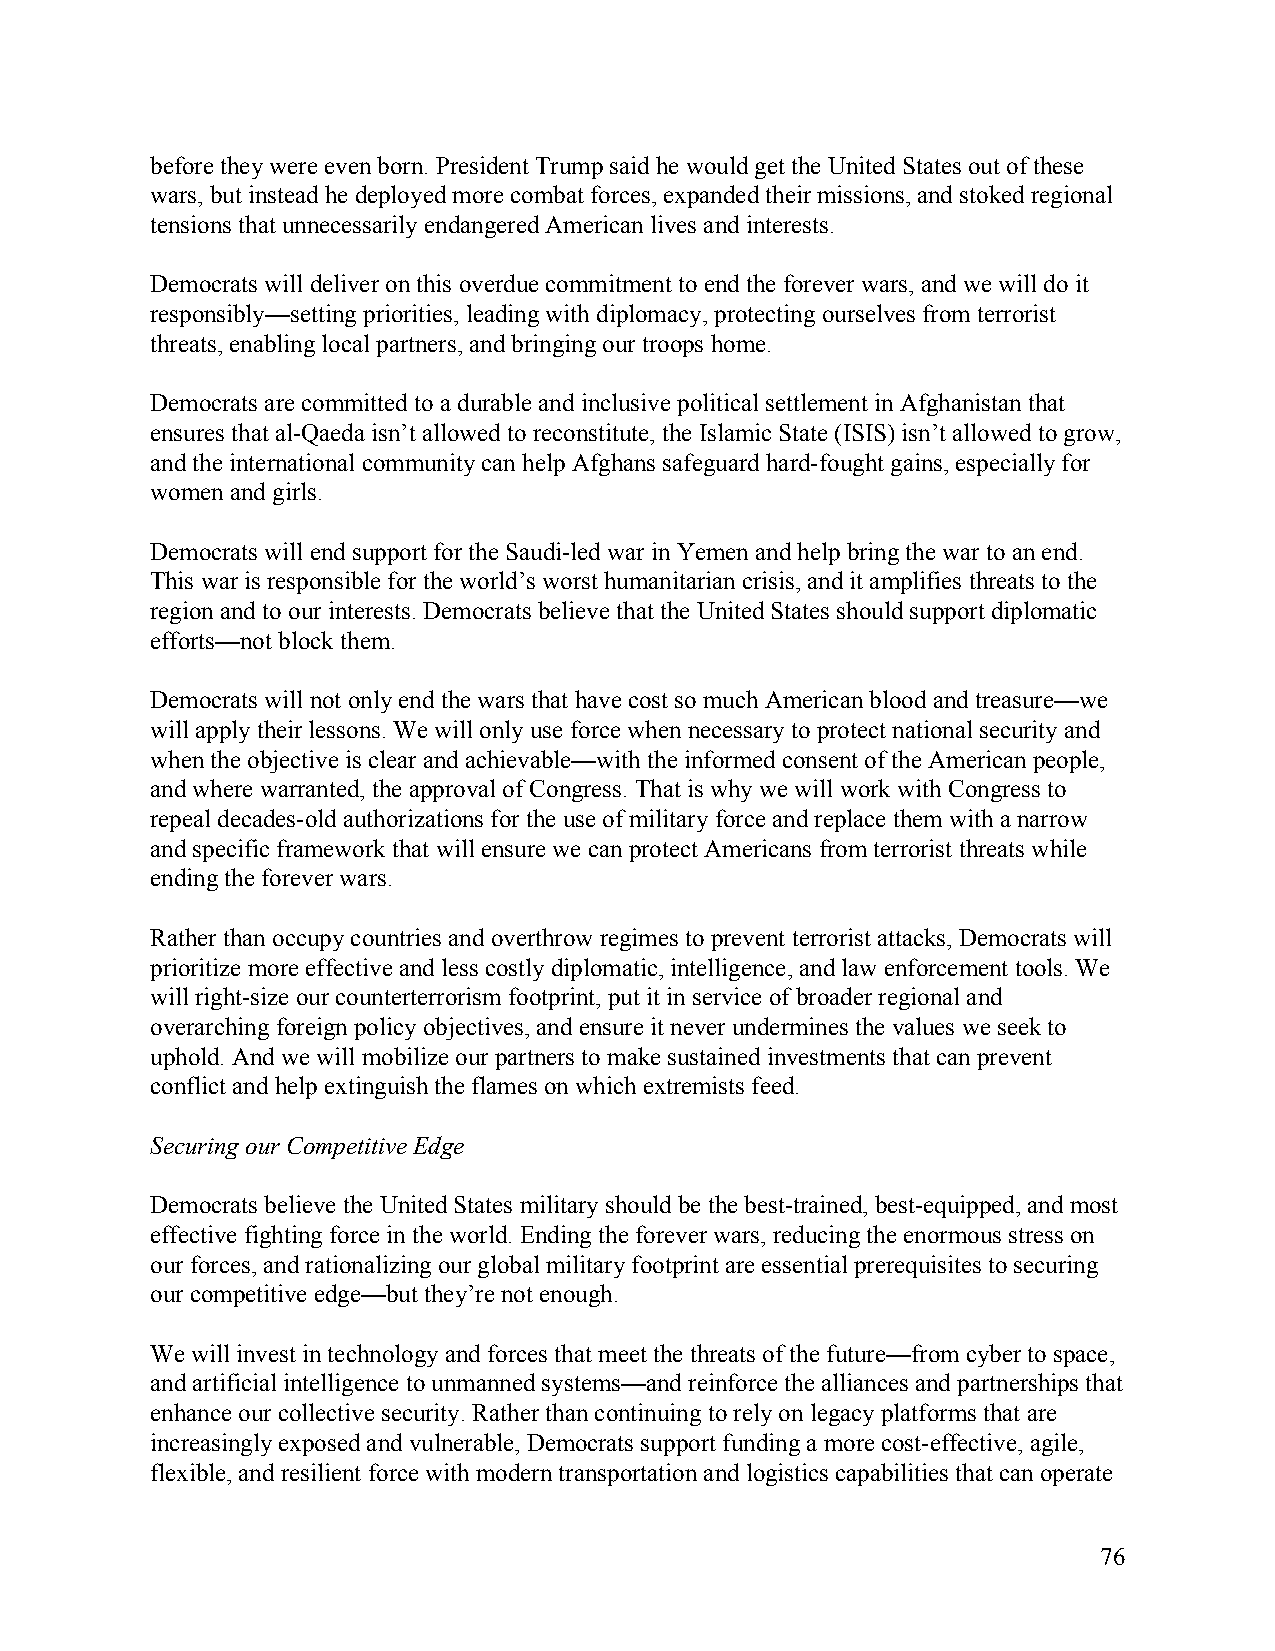
before they were even born. President Trump said he would get the United States out of these
 wars, but instead he deployed more combat forces, expanded their missions, and stoked regional
 tensions that unnecessarily endangered American lives and interests.
 Democrats will deliver on this overdue commitment to end the forever wars, and we will do it
 responsibly—setting priorities, leading with diplomacy, protecting ourselves from terrorist
 threats, enabling local partners, and bringing our troops home.
 Democrats are committed to a durable and inclusive political settlement in Afghanistan that
 ensures that al-Qaeda isn’t allowed to reconstitute, the Islamic State (ISIS) isn’t allowed to grow,
 and the international community can help Afghans safeguard hard-fought gains, especially for
 women and girls.
 Democrats will end support for the Saudi-led war in Yemen and help bring the war to an end.
 This war is responsible for the world’s worst humanitarian crisis, and it amplifies threats to the
 region and to our interests. Democrats believe that the United States should support diplomatic
 efforts—not block them.
 Democrats will not only end the wars that have cost so much American blood and treasure—we
 will apply their lessons. We will only use force when necessary to protect national security and
 when the objective is clear and achievable—with the informed consent of the American people,
 and where warranted, the approval of Congress. That is why we will work with Congress to
 repeal decades-old authorizations for the use of military force and replace them with a narrow
 and specific framework that will ensure we can protect Americans from terrorist threats while
 ending the forever wars.
 Rather than occupy countries and overthrow regimes to prevent terrorist attacks, Democrats will
 prioritize more effective and less costly diplomatic, intelligence, and law enforcement tools. We
 will right-size our counterterrorism footprint, put it in service of broader regional and
 overarching foreign policy objectives, and ensure it never undermines the values we seek to
 uphold. And we will mobilize our partners to make sustained investments that can prevent
 conflict and help extinguish the flames on which extremists feed.
 Securing our Competitive Edge
 Democrats believe the United States military should be the best-trained, best-equipped, and most
 effective fighting force in the world. Ending the forever wars, reducing the enormous stress on
 our forces, and rationalizing our global military footprint are essential prerequisites to securing
 our competitive edge—but they’re not enough.
 We will invest in technology and forces that meet the threats of the future—from cyber to space,
 and artificial intelligence to unmanned systems—and reinforce the alliances and partnerships that
 enhance our collective security. Rather than continuing to rely on legacy platforms that are
 increasingly exposed and vulnerable, Democrats support funding a more cost-effective, agile,
 flexible, and resilient force with modern transportation and logistics capabilities that can operate
 76